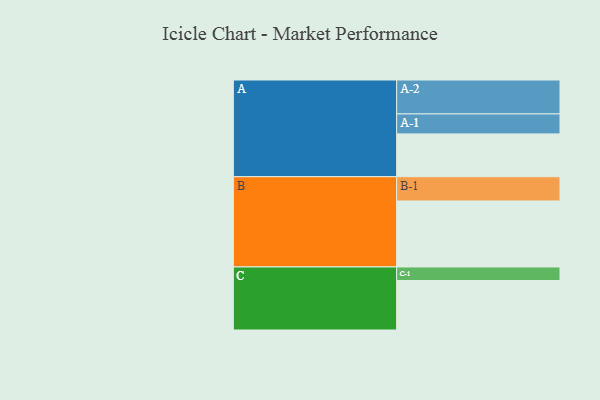
{"axis": {"x": "Segment", "y": "Value"}, "legend": ["", "A", "B", "C"], "data": [{"x": "A", "y": 337, "type": ""}, {"x": "B", "y": 519, "type": ""}, {"x": "C", "y": 389, "type": ""}, {"x": "A-1", "y": 157, "type": "A"}, {"x": "A-2", "y": 267, "type": "A"}, {"x": "B-1", "y": 191, "type": "B"}, {"x": "C-1", "y": 107, "type": "C"}]}